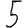
Digit: 5